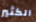
الكثير